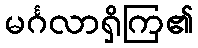
မင်္ဂလာရှိကြ၏